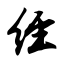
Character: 经